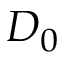
D _ { 0 }